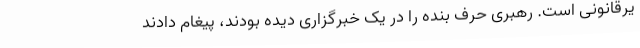
یرقانونی است. رهبری حرف بنده را در یک خبرگزاری دیده بودند، پیغام دادند